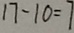
1 7 - 1 0 = 7